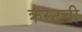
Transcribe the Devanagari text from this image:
क्रस्टची